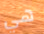
هي